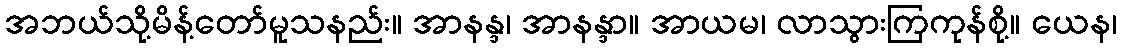
အဘယ်သို့မိန့်တော်မူသနည်း။ အာနန္ဒ၊ အာနန္ဒာ။ အာယမ၊ လာသွားကြကုန်စို့။ ယေန၊